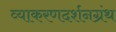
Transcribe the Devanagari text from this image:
व्याकरणदर्शनग्रंथ